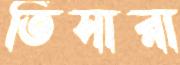
তিসারা